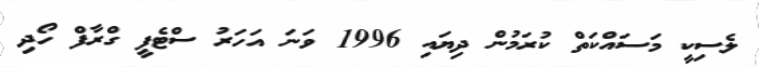
ލެސިކީ މަސައްކަތް ކުރަމުން ދިޔައި 1996 ވަނަ އަހަރު ސްޓެފީ ގްރާފް ހޯދި